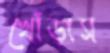
খোঁড়াস